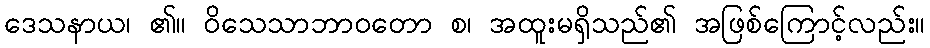
ဒေသနာယ၊ ၏။ ဝိသေသာဘာဝတော စ၊ အထူးမရှိသည်၏ အဖြစ်ကြောင့်လည်း။